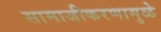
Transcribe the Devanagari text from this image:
सामाजीकरणामुळे